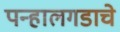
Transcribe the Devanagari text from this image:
पन्हालगडाचे